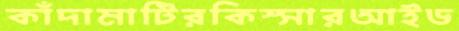
কাঁদামাটিরকিস্সারআইড